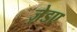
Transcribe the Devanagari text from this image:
ज़ेडए